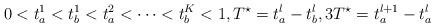
LaTeX: \begin{align*}0 < t^1_a < t^1_b < t^2_a < \dots < t^K_b < 1, T^{\star} = t^l_a - t^l_b, 3T^{\star} = t^{l+1}_a - t^l_a \end{align*}